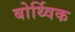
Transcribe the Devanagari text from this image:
बोर्थ्विक